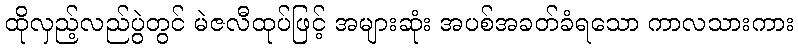
ထိုလှည့်လည်ပွဲတွင် မဲဇလီထုပ်ဖြင့် အများဆုံး အပစ်အခတ်ခံရသော ကာလသားကား